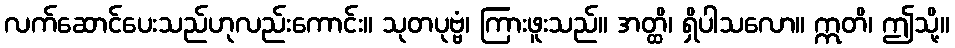
လက်ဆောင်ပေးသည်ဟုလည်းကောင်း။ သုတပုဗ္ဗံ၊ ကြားဖူးသည်။ အတ္ထိ၊ ရှိပါသလော။ ဣတိ၊ ဤသို့။